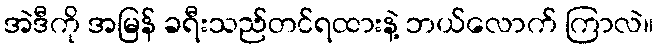
အဲဒီကို အမြန် ခရီးသည်တင်ရထားနဲ့ ဘယ်လောက် ကြာလဲ။